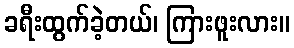
ခရီးထွက်ခဲ့တယ်၊ ကြားဖူးလား။